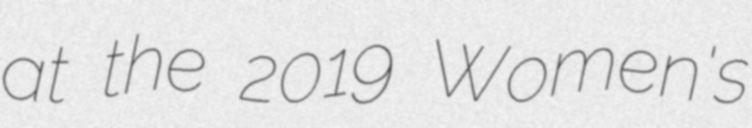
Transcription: at the 2019 Women's